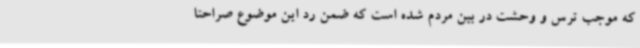
که موجب ترس و وحشت در بین مردم شده است که ضمن رد این‌ موضوع صراحتا